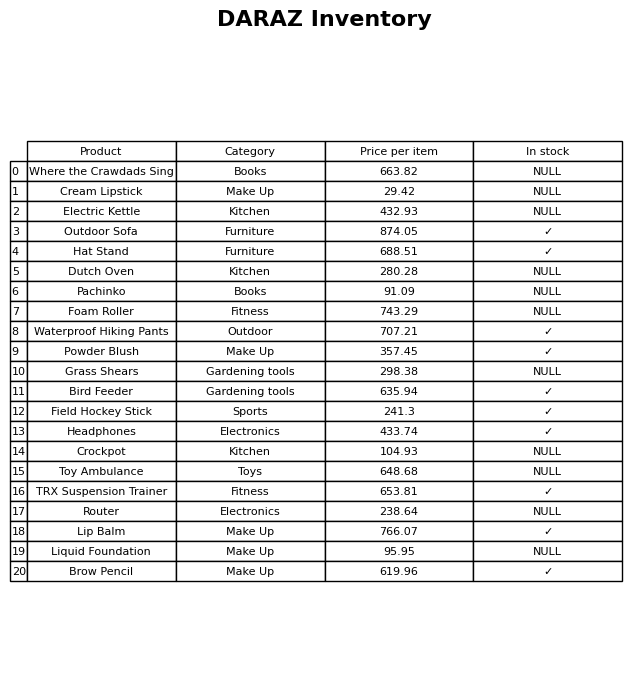
question: What is the price for Liquid Foundation?
answer: The price of Liquid Foundation is 95.95.